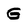
Character: G